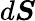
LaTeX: d\boldsymbol{S}